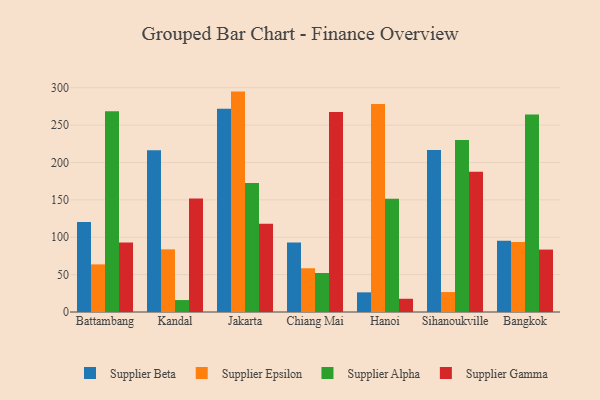
{"axis": {"x": "City", "y": "Production Output"}, "legend": ["Supplier Alpha", "Supplier Beta", "Supplier Epsilon", "Supplier Gamma"], "data": [{"x": "Battambang", "y": 120.5, "type": "Supplier Beta"}, {"x": "Battambang", "y": 63.7, "type": "Supplier Epsilon"}, {"x": "Battambang", "y": 268.6, "type": "Supplier Alpha"}, {"x": "Battambang", "y": 92.9, "type": "Supplier Gamma"}, {"x": "Kandal", "y": 216.3, "type": "Supplier Beta"}, {"x": "Kandal", "y": 83.8, "type": "Supplier Epsilon"}, {"x": "Kandal", "y": 16.0, "type": "Supplier Alpha"}, {"x": "Kandal", "y": 151.8, "type": "Supplier Gamma"}, {"x": "Jakarta", "y": 271.8, "type": "Supplier Beta"}, {"x": "Jakarta", "y": 294.8, "type": "Supplier Epsilon"}, {"x": "Jakarta", "y": 172.6, "type": "Supplier Alpha"}, {"x": "Jakarta", "y": 118.1, "type": "Supplier Gamma"}, {"x": "Chiang Mai", "y": 93.0, "type": "Supplier Beta"}, {"x": "Chiang Mai", "y": 58.5, "type": "Supplier Epsilon"}, {"x": "Chiang Mai", "y": 52.2, "type": "Supplier Alpha"}, {"x": "Chiang Mai", "y": 267.4, "type": "Supplier Gamma"}, {"x": "Hanoi", "y": 26.3, "type": "Supplier Beta"}, {"x": "Hanoi", "y": 278.1, "type": "Supplier Epsilon"}, {"x": "Hanoi", "y": 151.5, "type": "Supplier Alpha"}, {"x": "Hanoi", "y": 17.7, "type": "Supplier Gamma"}, {"x": "Sihanoukville", "y": 216.7, "type": "Supplier Beta"}, {"x": "Sihanoukville", "y": 26.7, "type": "Supplier Epsilon"}, {"x": "Sihanoukville", "y": 230.0, "type": "Supplier Alpha"}, {"x": "Sihanoukville", "y": 187.5, "type": "Supplier Gamma"}, {"x": "Bangkok", "y": 95.3, "type": "Supplier Beta"}, {"x": "Bangkok", "y": 93.7, "type": "Supplier Epsilon"}, {"x": "Bangkok", "y": 264.2, "type": "Supplier Alpha"}, {"x": "Bangkok", "y": 83.5, "type": "Supplier Gamma"}]}